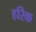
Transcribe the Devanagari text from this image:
हरिक